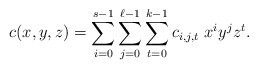
\begin{align*}c(x,y,z)=\displaystyle \sum_{i=0}^{s-1} \sum_{j=0}^{\ell-1}\sum_{t=0}^{k-1}c_{i,j,t}~x^iy^jz^t.\end{align*}